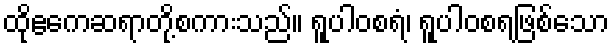
ထိုဧကေဆရာတို့စကားသည်။ ရူပါဝစရံ၊ ရူပါဝစရဖြစ်သော